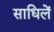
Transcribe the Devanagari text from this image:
साधिलें